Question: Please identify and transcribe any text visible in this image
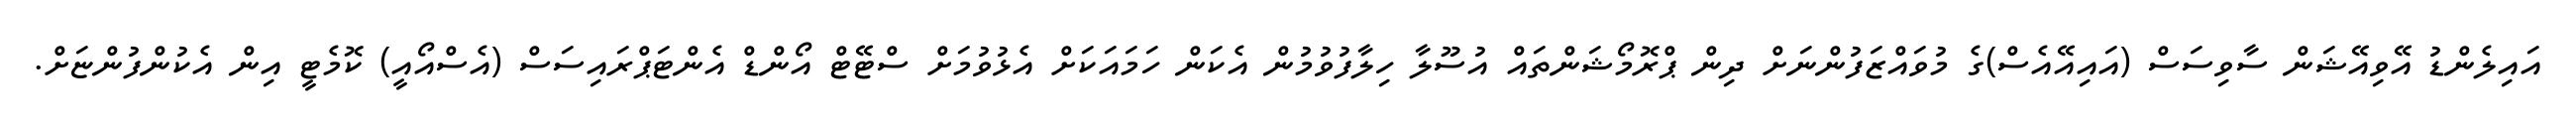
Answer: އައިލެންޑު އޭވިއޭޝަން ސާވިސަސް (އައިއޭއެސް)ގެ މުވައްޒަފުންނަށް ދިން ޕްރޮމޯޝަންތައް އުސޫލާ ހިލާފުވުމުން އެކަން ހަމައަކަށް އެޅުވުމަށް ސްޓޭޓް އޯންޑް އެންޓަޕްރައިސަސް (އެސްއޯއީ) ކޮމެޓީ އިން އެކުންފުންޏަށް.